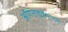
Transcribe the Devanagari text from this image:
ऑर्गनाइज़ेशनने